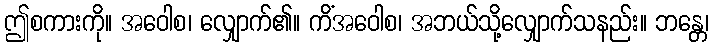
ဤစကားကို။ အဝေါစ၊ လျှောက်၏။ ကိံအဝေါစ၊ အဘယ်သို့လျှောက်သနည်း။ ဘန္တေ၊